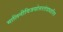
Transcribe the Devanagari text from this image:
मालिनीविजयोत्तरतंत्राधारित